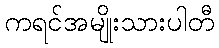
ကရင်အမျိုးသားပါတီ